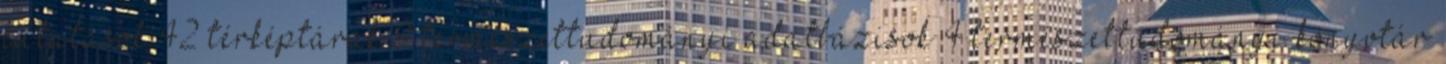
kutatások 42 térképtárak 9 természettudományi adatbázisok 4 természettudományi könyvtár